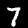
Digit: 7